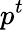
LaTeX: p^{t}